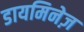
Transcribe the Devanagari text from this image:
डायमिनेज़